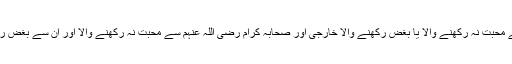
اہلِ بیت علیہم السلام سے محبت نہ رکھنے والا یا بغض رکھنے والا خارجی اور صحابہ کرام رضی اللہ عنہم سے محبت نہ رکھنے والا اور اُن سے بغض رکھنے والا رافضی ہے۔